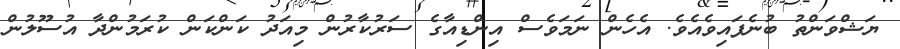
ޔަޝްވަންތު ބުނެފައިވެއެވެ. އެހެން ނަމަވެސް އިންޑިއާގެ ސަރުކާރުން މިއަދު ކަންކަން ކުރަމުންދާ އުސޫލުން